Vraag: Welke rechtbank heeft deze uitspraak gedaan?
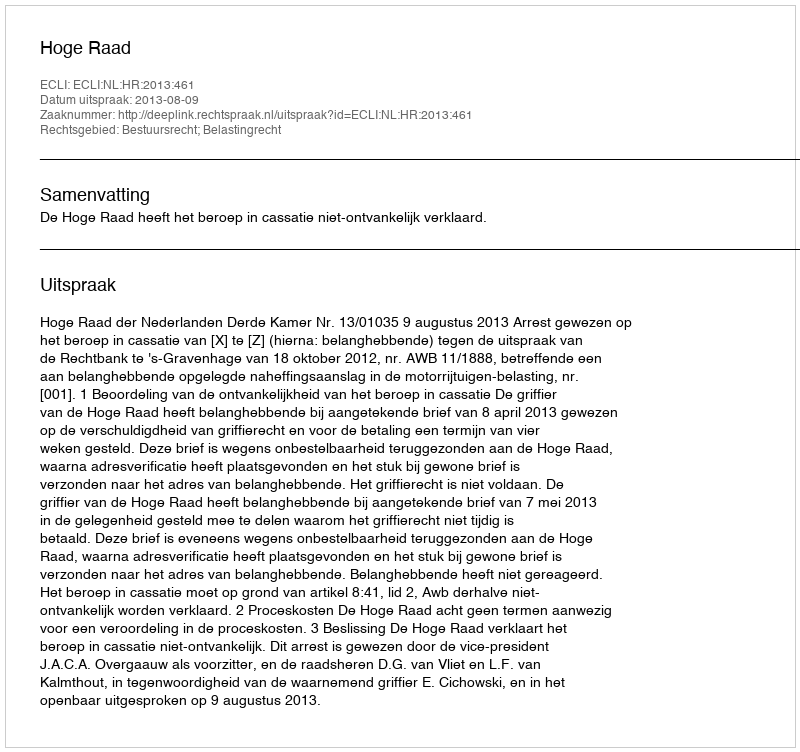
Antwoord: Hoge Raad